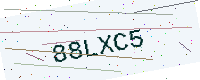
Text: 88LXC5